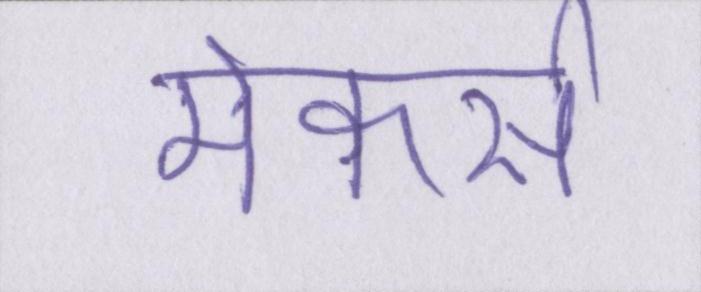
मेकर्स